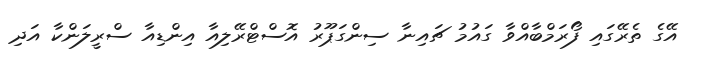
އޭގެ ތެރޭގައި ފޯރަމްބާއްވާ ގައުމު ޗައިނާ ސިންގަޕޫރު އޮސްޓްރޭލިއާ އިންޑިއާ ސްރީލަންކާ އަދި